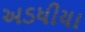
અડધીયા